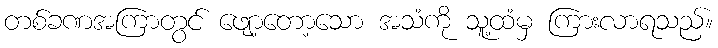
တစ်ခဏအကြာတွင် ဖျော့တော့သော အသံကို သူ့ထံမှ ကြားလာရသည်။